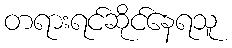
တရားရင်ဆိုင်နေရသူ